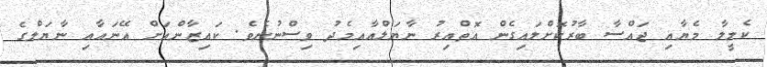
ކެމީލާ މެޔާއި ޖައްސާ ބާރުކޮށްލައިގެން އޮތްއިރު ނާޔަލްއާއިމެދު ވިސްނުނެވެ. ކައިޒާންއަށް އޭނައާއި ނާޔަލްގެ